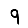
Digit: 9